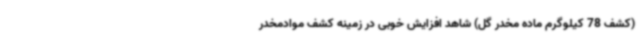
(کشف 78 کیلوگرم ماده مخدر گل) شاهد افزایش خوبی در زمینه کشف موادمخدر